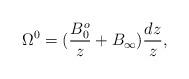
LaTeX: \begin{align*}\Omega^{0}=(\frac{B_{0}^{o}}{z } + B_{\infty})\frac{d z}{z },\end{align*}